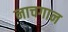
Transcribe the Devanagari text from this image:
नाचगान